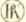
IR